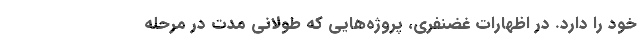
خود را دارد. در اظهارات غضنفری، پروژه‌هایی که طولانی مدت در مرحله